King Institute of Preventive Medicine Bacteriolog. Section reports 1907-08
Year: 1907
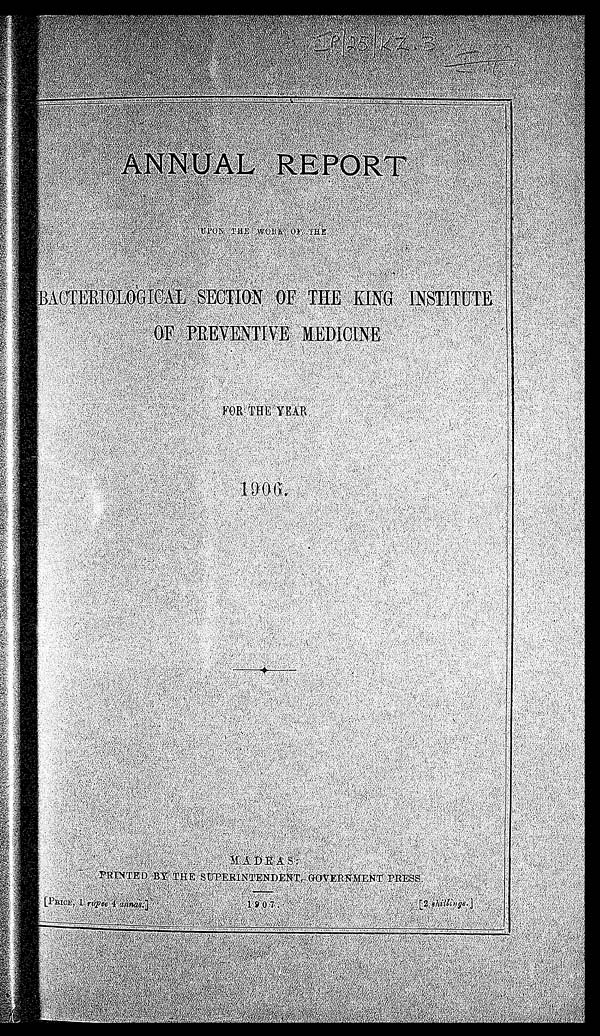
A N N U A L R E P O R T
U P O N T H E W O R K O F T H E
BACTERIOLOGICAL SECTION OF THE KING INSTITUTE
O F P R E V E N T I V E M E D I C I N E
FORTHE YEAR
PRINTED BY THE SUPERINTENDENT,GOVERNMENT PRESS
[PRICE, 1 rupee 4 annas.]
[2 shillings]